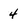
Character: 4